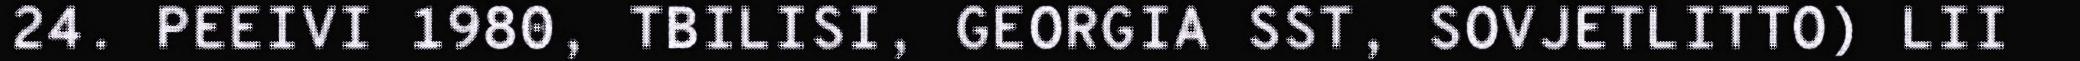
24. PEEIVI 1980, TBILISI, GEORGIA SST, SOVJETLITTO) LII